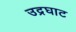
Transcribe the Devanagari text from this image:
उद्रघाट